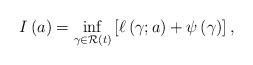
LaTeX: \begin{align*}I \left( a \right) = \inf_{\gamma \in \mathcal{R} \left( t \right)} \left[ \ell \left( \gamma ; a \right) + \psi \left( \gamma \right) \right],\end{align*}